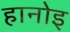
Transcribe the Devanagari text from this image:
हानोइ